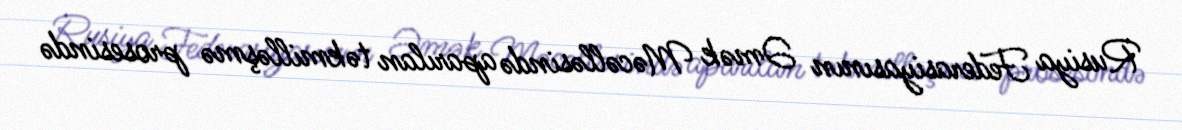
Rusiya Federasiyasının Əmək Məcəlləsində aparılan təkmilləşmə prosesində